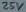
Text: 25V